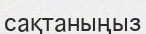
сақтаныңыз